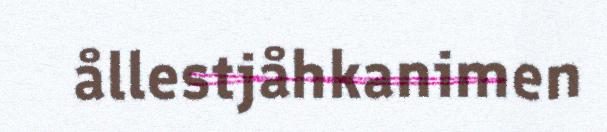
ållestjåhkanimen